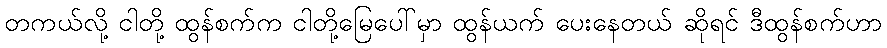
တကယ်လို့ ငါတို့ ထွန်စက်က ငါတို့မြေပေါ်မှာ ထွန်ယက် ပေးနေတယ် ဆိုရင် ဒီထွန်စက်ဟာ